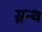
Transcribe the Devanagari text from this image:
ग्नन्थ